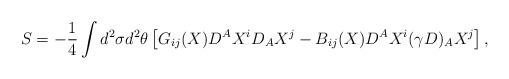
LaTeX: \begin{align*}S=-\frac{1}{4}\int d^{2}\sigma d^{2}\theta\left[G_{ij}(X)D^{A}X^{i}D_{A}X^{j}-B_{ij}(X)D^{A}X^{i}(\gamma D)_{A}X^{j}\right],\end{align*}